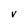
Character: v